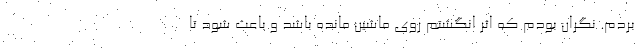
بردم. نگران بودم که اثر انگشتم روی ماشین مانده باشد و باعث شود تا